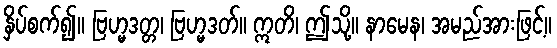
နှိပ်စက်၍။ ဗြဟ္မဒတ္တ၊ ဗြဟ္မဒတ်။ ဣတိ၊ ဤသို့။ နာမေန၊ အမည်အားဖြင့်။